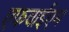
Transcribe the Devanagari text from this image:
एफवाईएम